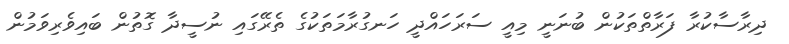
ދިރާސާކުރާ ފަރާތްތަކުން ބުނަނީ މިއީ ސަރަހައްދީ ހަނގުރާމަތަކުގެ ތެރޭގައި ނުސީދާ ގޮތުން ބައިވެރިވަމުން